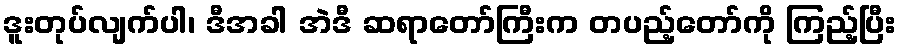
ဒူးတုပ်လျက်ပါ၊ ဒီအခါ အဲဒီ ဆရာတော်ကြီးက တပည့်တော်ကို ကြည့်ပြီး